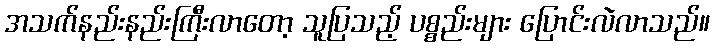
အသက်နည်းနည်းကြီးလာတော့ သူပြသည့် ပစ္စည်းများ ပြောင်းလဲလာသည်။